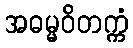
အဓမ္မဝိတက္ကံ